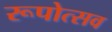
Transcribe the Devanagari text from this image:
रूपोत्सव